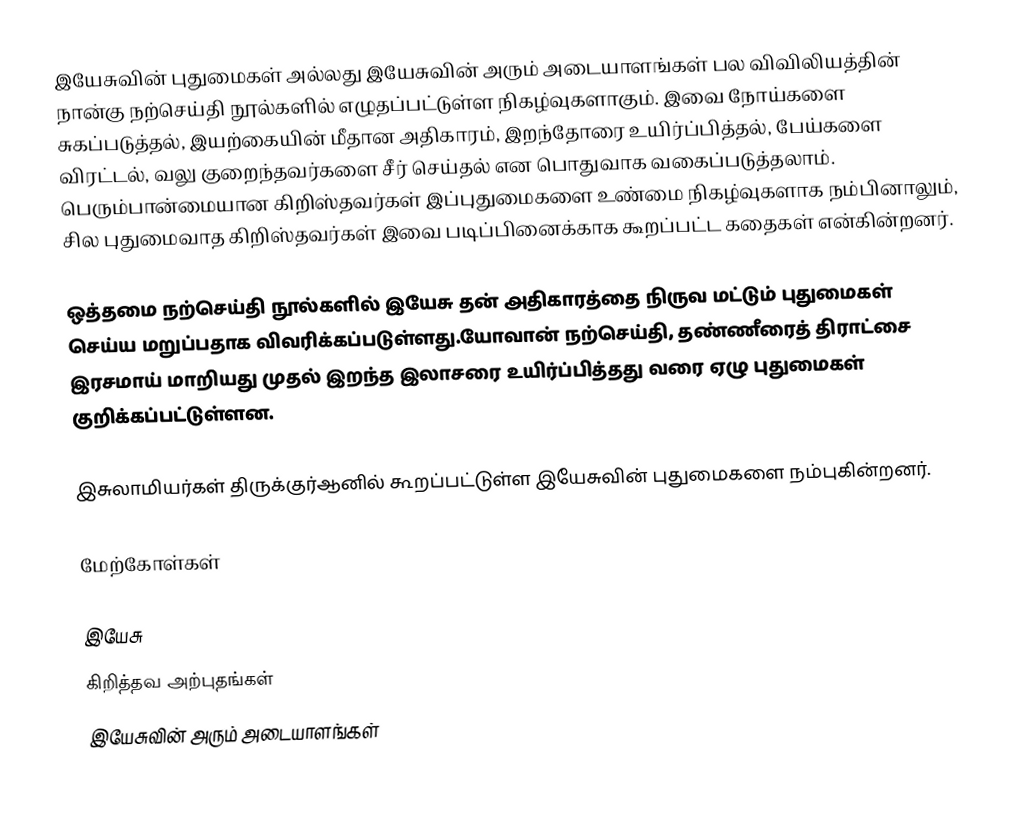
இயேசுவின் புதுமைகள் அல்லது இயேசுவின்  அரும் அடையாளங்கள் பல விவிலியத்தின் நான்கு நற்செய்தி நூல்களில் எழுதப்பட்டுள்ள நிகழ்வுகளாகும்.　இவை நோய்களை சுகப்படுத்தல், இயற்கையின் மீதான அதிகாரம், இறந்தோரை உயிர்ப்பித்தல், பேய்களை விரட்டல், வலு குறைந்தவர்களை சீர் செய்தல் என பொதுவாக வகைப்படுத்தலாம். பெரும்பான்மையான கிறிஸ்தவர்கள் இப்புதுமைகளை உண்மை நிகழ்வுகளாக நம்பினாலும், சில புதுமைவாத கிறிஸ்தவர்கள் இவை படிப்பினைக்காக கூறப்பட்ட கதைகள் என்கின்றனர்.

ஒத்தமை நற்செய்தி நூல்களில் இயேசு தன் அதிகாரத்தை நிருவ மட்டும் புதுமைகள் செய்ய மறுப்பதாக விவரிக்கப்படுள்ளது.யோவான் நற்செய்தி, தண்ணீரைத் திராட்சை இரசமாய் மாறியது முதல் இறந்த இலாசரை உயிர்ப்பித்தது வரை ஏழு புதுமைகள் குறிக்கப்பட்டுள்ளன.

இசுலாமியர்கள் திருக்குர்ஆனில் கூறப்பட்டுள்ள இயேசுவின் புதுமைகளை நம்புகின்றனர்.

மேற்கோள்கள்

இயேசு
கிறித்தவ அற்புதங்கள்
இயேசுவின் அரும் அடையாளங்கள்